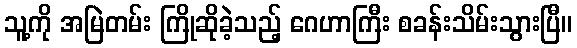
သူ့ကို အမြဲတမ်း ကြိုဆိုခဲ့သည့် ဂေဟာကြီး စခန်းသိမ်းသွားပြီ။